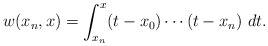
\begin{align*}\begin{aligned}w(x_n,x)&=\int_{x_n}^{x}(t-x_0)\cdots(t-x_n)\ dt.\end{aligned}\end{align*}